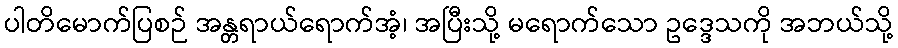
ပါတိမောက်ပြစဉ် အန္တရာယ်ရောက်အံ့၊ အပြီးသို့ မရောက်သော ဥဒ္ဒေသကို အဘယ်သို့